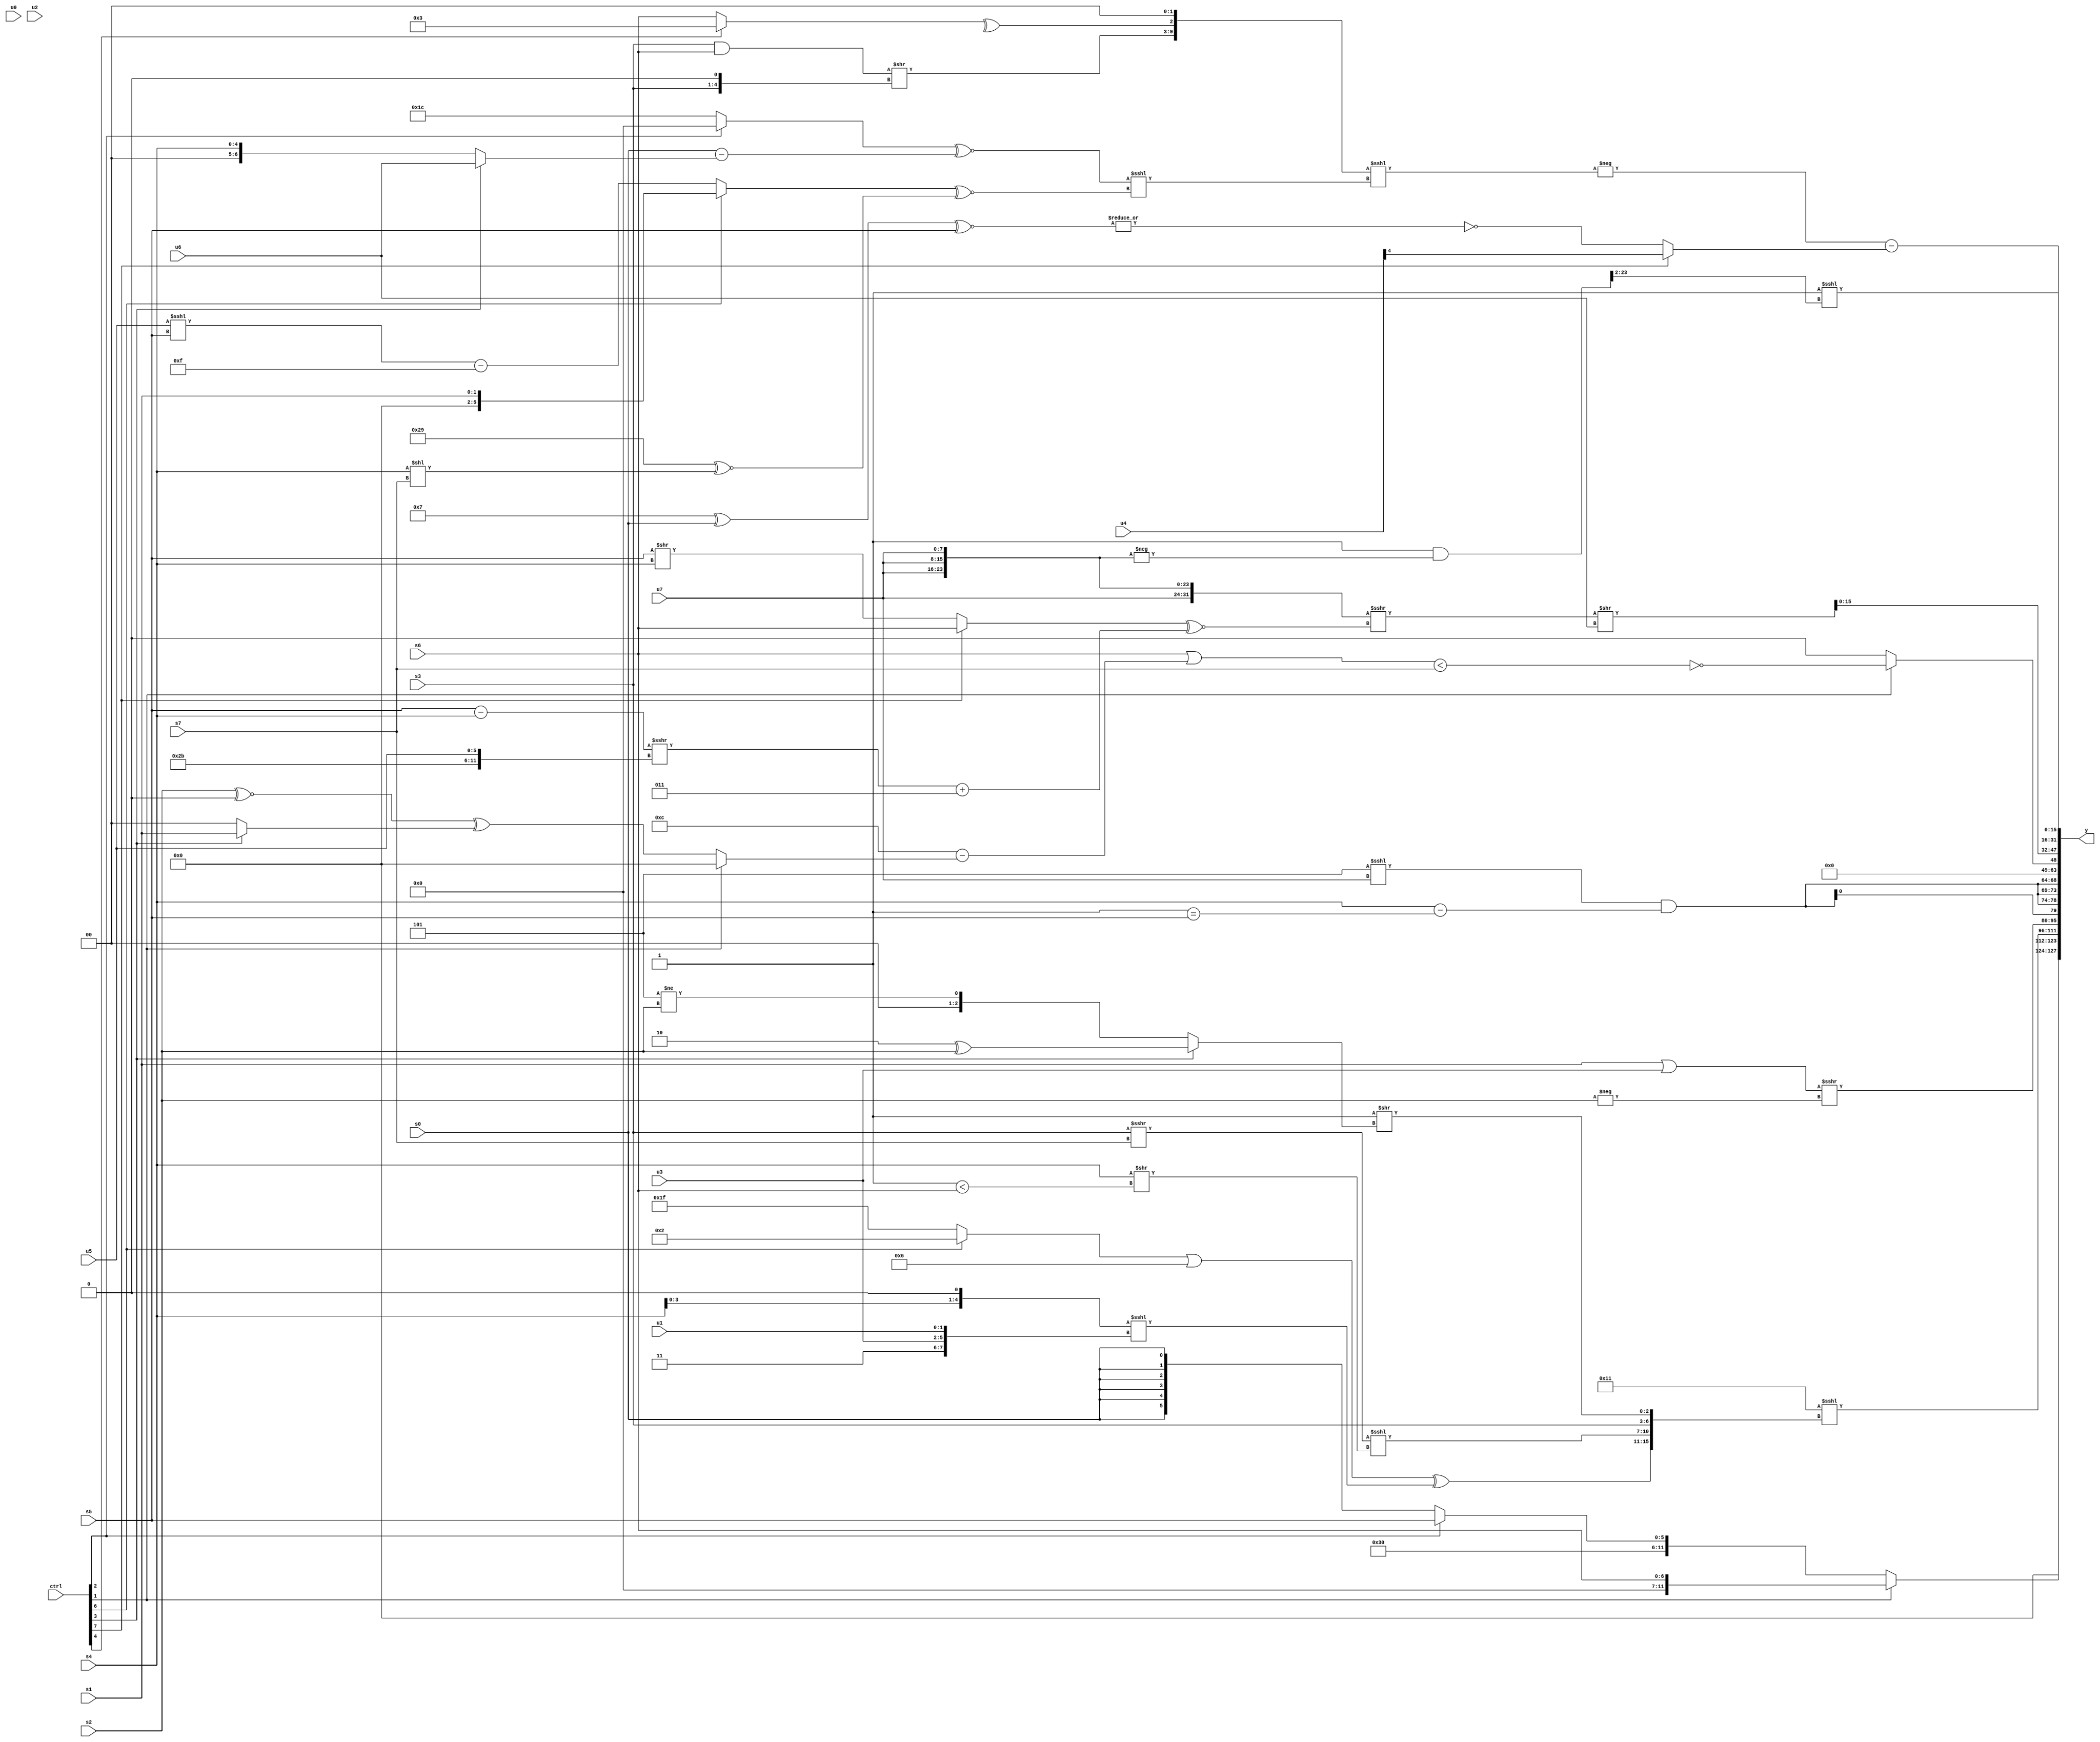
module wideexpr_00579(ctrl, u0, u1, u2, u3, u4, u5, u6, u7, s0, s1, s2, s3, s4, s5, s6, s7, y);
  input [7:0] ctrl;
  input [0:0] u0;
  input [1:0] u1;
  input [2:0] u2;
  input [3:0] u3;
  input [4:0] u4;
  input [5:0] u5;
  input [6:0] u6;
  input [7:0] u7;
  input signed [0:0] s0;
  input signed [1:0] s1;
  input signed [2:0] s2;
  input signed [3:0] s3;
  input signed [4:0] s4;
  input signed [5:0] s5;
  input signed [6:0] s6;
  input signed [7:0] s7;
  output [127:0] y;
  wire [15:0] y0;
  wire [15:0] y1;
  wire [15:0] y2;
  wire [15:0] y3;
  wire [15:0] y4;
  wire [15:0] y5;
  wire [15:0] y6;
  wire [15:0] y7;
  assign y = {y0,y1,y2,y3,y4,y5,y6,y7};
  assign y0 = (ctrl[1]?s6:{2'b11,4'sb0000,(ctrl[2]?s5:(ctrl[1]?3'sb001:s0))});
  assign y1 = (6'sb010001)<<<({(((ctrl[6]?5'sb00010:1'sb1))|($signed(5'sb00110)))^(((s4)<<<(1'sb1))<<<({3'sb011,u3,u1})),((s3)>>>($signed(s7)))<<<(($signed(s4))>>((1'b1)<(s6))),s3,({1{(2'sb00)-(3'sb111)}})>>((ctrl[3]?(3'sb010)^(s2):(3'sb101)!=(s2)))});
  assign y2 = ($signed((+(s1))|($signed(u3))))>>>($unsigned(-(s2)));
  assign y3 = $signed({4{($signed($signed((3'sb101)<<<(u7))))&((s4)-($signed((3'sb111)==(s5))))}});
  assign y4 = (ctrl[1]?!(((s6)|($signed((4'sb1100)-((ctrl[1]?(+(1'b0))<<(|(6'sb010110)):((s2)^~(2'sb00))^((ctrl[3]?s1:1'sb0)))))))<($signed(s7))):(ctrl[1]?|(s7):(5'sb11100)>(5'sb01001)));
  assign y5 = (($signed({4{u7}}))>>>(($signed((ctrl[7]?s6:(s5)>>(s4))))^~((((s5)-(s4))>>>({6'sb101011,u5}))+((4'sb0011)>>((4'b1100)<<<(2'sb10))))))>>(u6);
  assign y6 = (^(2'sb01))<<<(((1'sb1)&(-({3{$signed($unsigned(u7))}})))>>(2'sb10));
  assign y7 = (-(($signed(+({((s3)&(s6))>>({s3,1'sb0}),^((ctrl[4]?4'sb0011:s6)),$signed(+(2'sb00))})))<<<((((ctrl[2]?(3'sb010)>>>((1'b1)+(3'sb101)):5'sb11100))^~(+((s0)-((ctrl[3]?u6:s4)))))<<<(((ctrl[6]?$signed(s1):((u5)<<<(s5))-({2{2'b11}})))^~($unsigned(((2'sb10)^(6'sb010111))^~((s4)<<(s7))))))))-(+((ctrl[7]?(u4)>>(5'sb00100):~|(+($signed(((4'sb0111)^(s0))^~(s5)))))));
endmodule